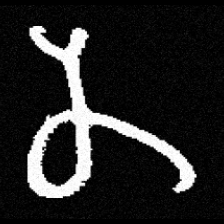
Pyu character \u2014 Myanmar letter: န (romanized: na)